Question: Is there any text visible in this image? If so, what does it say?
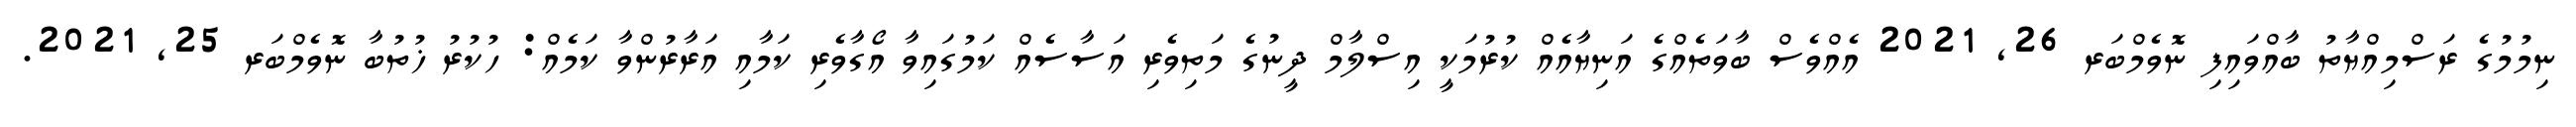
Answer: ނިމުމުގެ ރަސްމިއްޔާތު ބާއްވައިފި ނޮވެމްބަރ 26, 2021 އެއްވެސް ބާވަތެއްގެ އަނިޔާއެއް ކުރުމަކީ އިސްލާމް ދީނުގެ މަތިވެރި އަސާސެއް ކަމުގައިވާ އޯގާވެރި ކަމާއި އަރާރުންވާ ކަމެއް: ހުކުރު ޚުތުބާ ނޮވެމްބަރ 25, 2021.